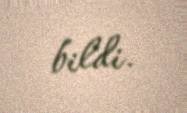
bildi.